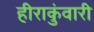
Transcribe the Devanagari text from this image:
हीराकुंवारी